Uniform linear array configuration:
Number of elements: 32
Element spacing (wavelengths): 0.25
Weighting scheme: uniform
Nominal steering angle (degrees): -30
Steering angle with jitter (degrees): -31.021
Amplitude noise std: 0.05
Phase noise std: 0.05

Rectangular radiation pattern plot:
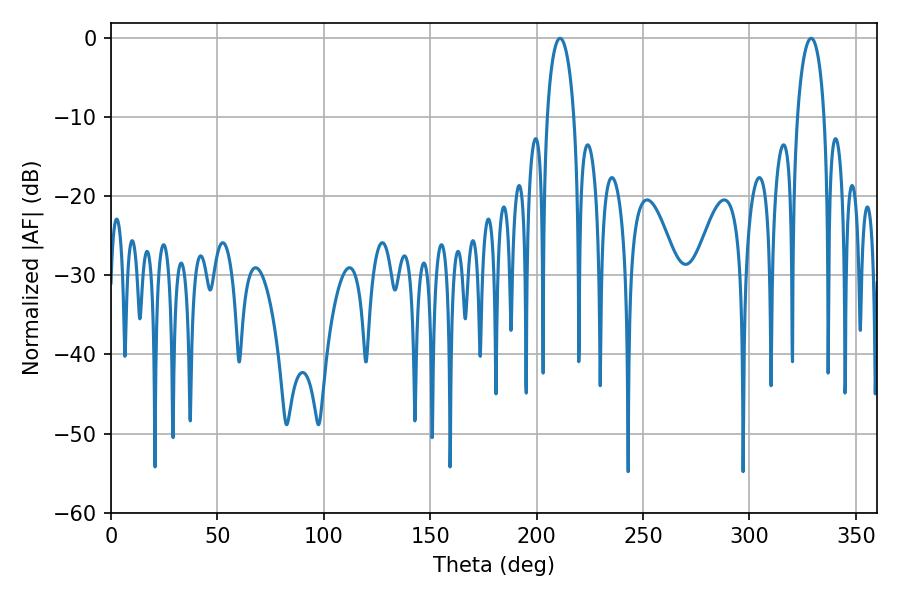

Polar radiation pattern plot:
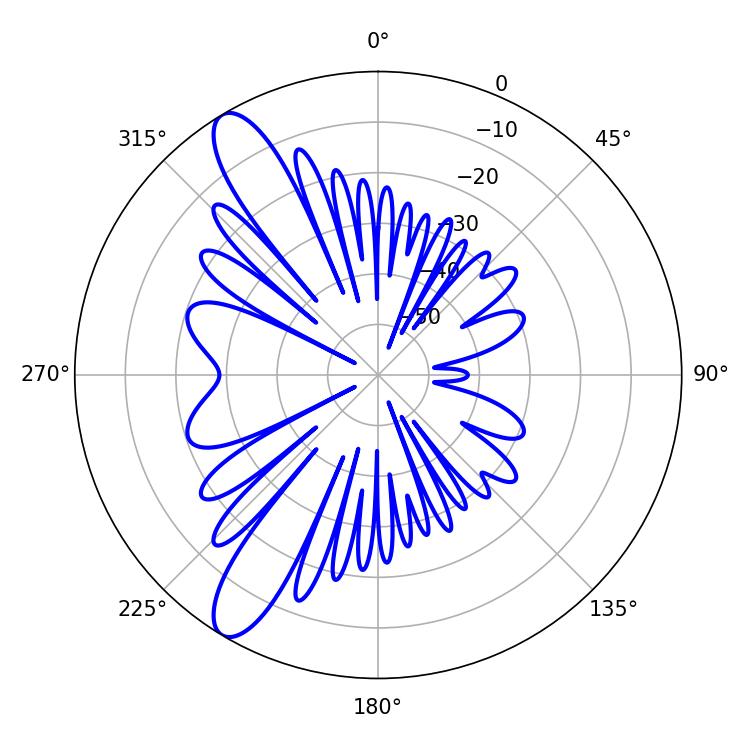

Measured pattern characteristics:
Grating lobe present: FALSE
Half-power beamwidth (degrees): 7.38
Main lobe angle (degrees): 329.04